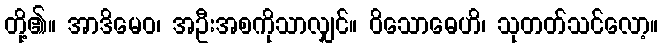
တို့၏။ အာဒိမေဝ၊ အဦးအစကိုသာလျှင်။ ဝိသောဓေဟိ၊ သုတတ်သင်လော့။